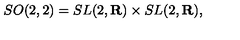
S O ( 2 , 2 ) = S L ( 2 , { \bf R } ) \times S L ( 2 , { \bf R } ) ,